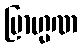
ဗြာဟ္မဏ